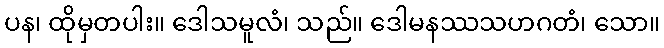
ပန၊ ထိုမှတပါး။ ဒေါသမူလံ၊ သည်။ ဒေါမနဿသဟဂတံ၊ သော။